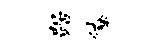
踞僚